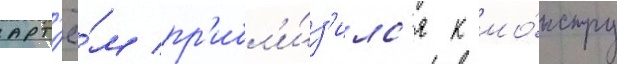
арт'ё́м пр'ибл'и́з'илс'я к мо́нстру